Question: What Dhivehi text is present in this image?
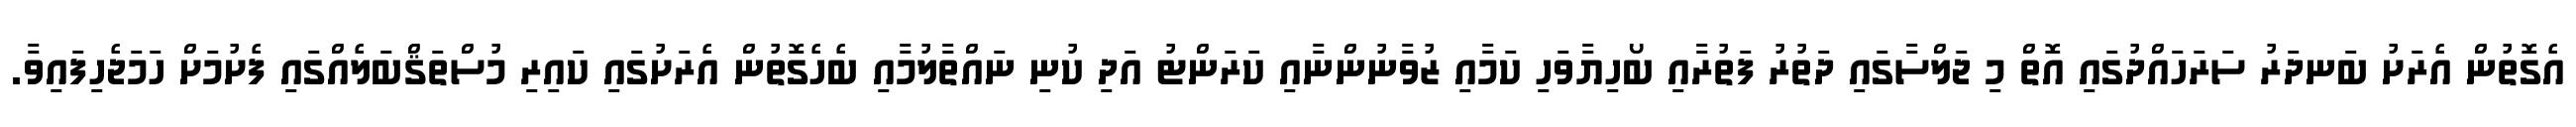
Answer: އެގޮތުން އެރަށު ބަނދަރު ސަރަހައްދުގައި އޮތް މި ޖަލްސާގައި ދަތުރު ފަތުރާއި ބޯހިޔާވަހި ކަމާއި ޒުވާނުންނާއި ކަރަންޓު އަދި ކުނި ނައްތާލުމާއި ބެހެގޮތުން އެރަށުގައި ކައިރި މުސްތަޤްބަލެއްގައި ފެށުމަށް ހަމަޖެހިފައިވާ.